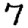
Digit: 7